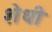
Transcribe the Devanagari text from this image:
शेधी